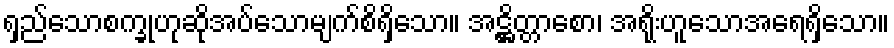
ရှည်သောစက္ခုဟုဆိုအပ်သောမျက်စိရှိသော။ အဋ္ဌိတ္တာစော၊ အရိုးဟူသောအရေရှိသော။